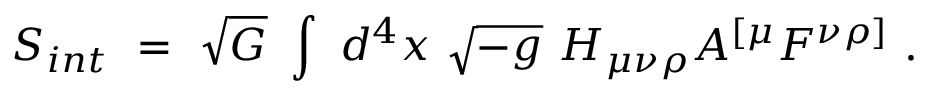
S _ { i n t } ~ = ~ \sqrt { G } ~ \int ~ d ^ { 4 } x ~ \sqrt { - g } ~ H _ { \mu \nu \rho } A ^ { [ \mu } F ^ { \nu \rho ] } ~ .